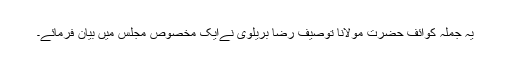
یہ جملہ کوائف حضرت مولانا توصیف رضا بریلوی نےایک مخصوص مجلس میں بیان فرمائے۔